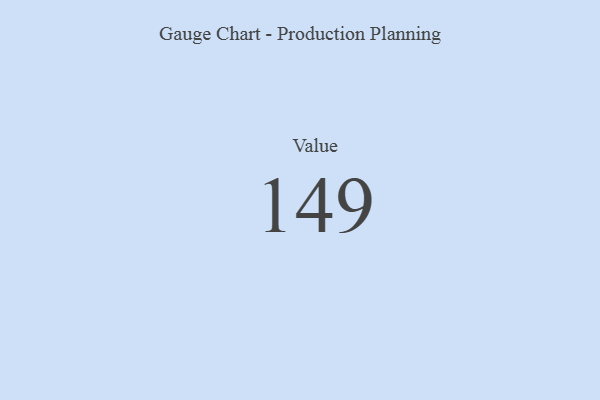
{"axis": {"x": "Metric", "y": "Value"}, "legend": [""], "data": [{"x": "Value", "y": 149, "type": ""}]}